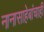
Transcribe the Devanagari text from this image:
नानासाहेबांचाही